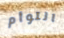
التوأم